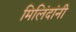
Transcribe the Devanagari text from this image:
मिलिंदांनी